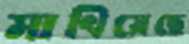
মাখিয়েছে